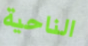
الناحية